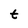
Character: t